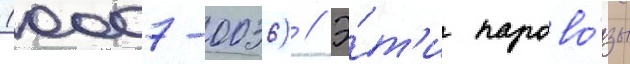
(0007-0036) // Э́т'и парово́зы